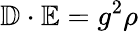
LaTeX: \mathbb{D}\cdot\mathbb{E}=g^{2}\rho